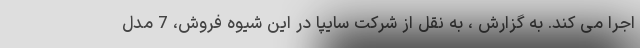
اجرا می کند. به گزارش ، به نقل از شرکت سایپا در این شیوه فروش، 7 مدل